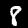
Label: 8